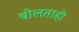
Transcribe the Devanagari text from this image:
बोलताही